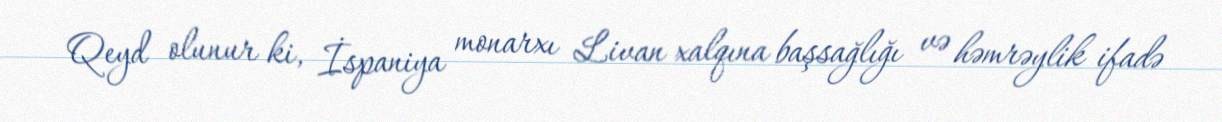
Qeyd olunur ki, İspaniya monarxı Livan xalqına başsağlığı və həmrəylik ifadə